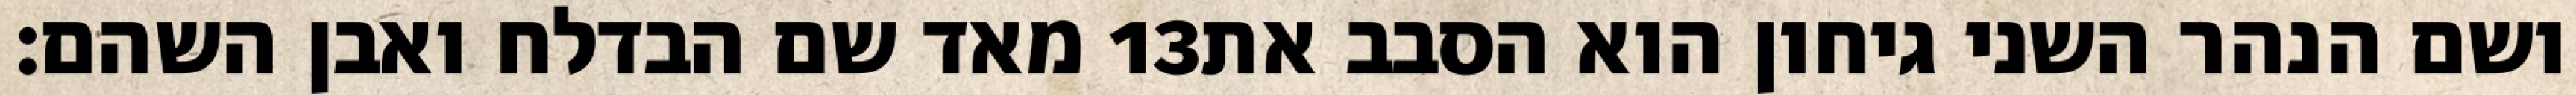
מאד שם הבדלח ואבן השהם׃ ‎13‏ ושם הנהר השני גיחון הוא הסבב את